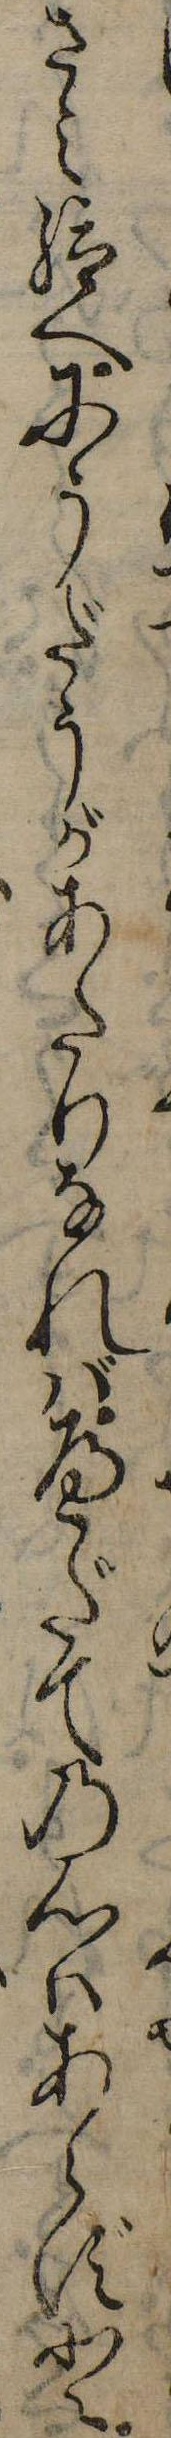
さみ給へにうだうがあたりなればへだての心はあらずと